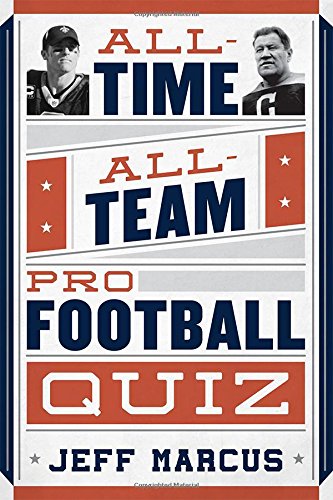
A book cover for All-Time, All-Team Pro Football Quiz; Jeff Marcus; Humor & Entertainment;